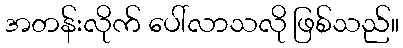
အတန်းလိုက် ပေါ်လာသလို ဖြစ်သည်။